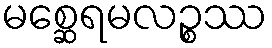
မစ္ဆေရမလဉ္စဿ